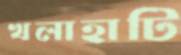
খলাহাটি